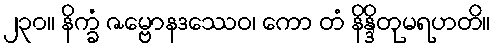
၂၃၀။ နိက္ခံ ဇမ္ဗောနဒဿေဝ၊ ကော တံ နိန္ဒိတုမရဟတိ။